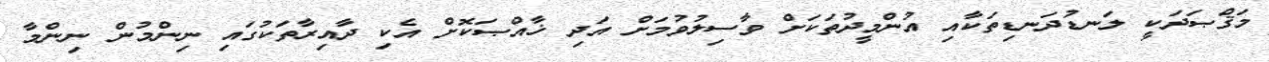
މަޤްޞަދަކީ ލަނޑުދަނޑިތަކާއި އުންމީދުތަކަށް ވާސިލުވުމަށް އަދި ޚާއްޞަކޮށް އެކި ދާއިރާތަކުގައި ނިންމުން ނިންމާ